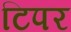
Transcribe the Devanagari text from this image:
टिपर